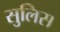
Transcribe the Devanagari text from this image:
सुलिस